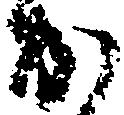
か